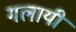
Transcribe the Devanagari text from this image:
गलायी